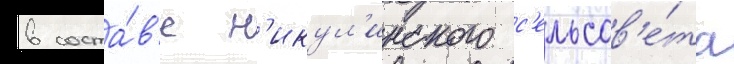
в соста́в'е н'икул'инского с'ельсов'е́та